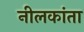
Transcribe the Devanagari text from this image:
नीलकांता